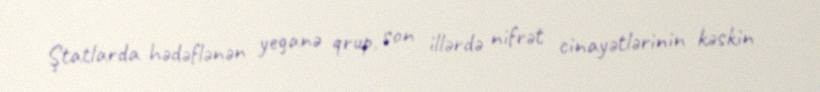
Ştatlarda hədəflənən yeganə qrup, son illərdə nifrət cinayətlərinin kəskin